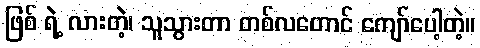
ဖြစ် ရဲ့ လားတဲ့၊ သူသွားတာ တစ်လတောင် ကျော်ပေါ့တဲ့။